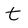
Character: t